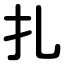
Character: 扎